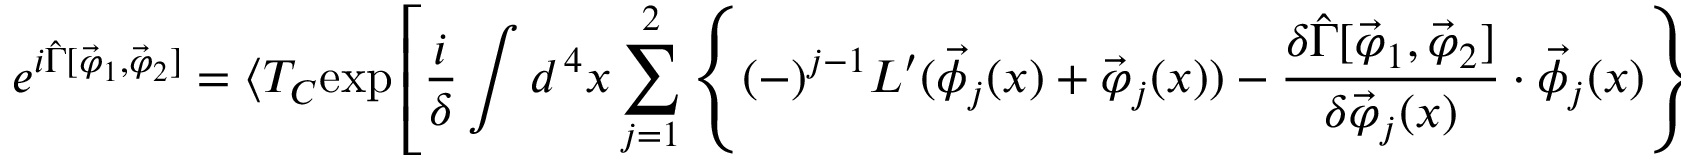
e ^ { i \hat { \Gamma } [ \vec { \varphi } _ { 1 } , \vec { \varphi } _ { 2 } ] } = \langle T _ { C } \mathrm { e x p } \left[ \frac { i } { \delta } \int d ^ { \, 4 } x \sum _ { j = 1 } ^ { 2 } \left\{ ( - ) ^ { j - 1 } { \cal L } ^ { \prime } ( \vec { \phi } _ { j } ( x ) + \vec { \varphi } _ { j } ( x ) ) - \frac { \delta \hat { \Gamma } [ \vec { \varphi } _ { 1 } , \vec { \varphi } _ { 2 } ] } { \delta \vec { \varphi } _ { j } ( x ) } \cdot \vec { \phi } _ { j } ( x ) \right\} \right] \rangle ,